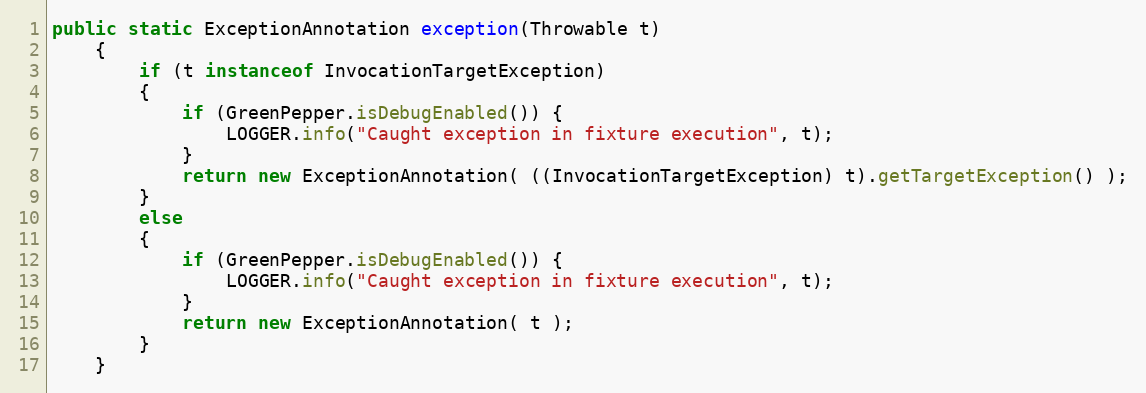
Language: Java
public static ExceptionAnnotation exception(Throwable t)
    {
		if (t instanceof InvocationTargetException)
		{
            if (GreenPepper.isDebugEnabled()) {
                LOGGER.info("Caught exception in fixture execution", t);
            }
			return new ExceptionAnnotation( ((InvocationTargetException) t).getTargetException() );
		}
		else
		{
            if (GreenPepper.isDebugEnabled()) {
                LOGGER.info("Caught exception in fixture execution", t);
            }
			return new ExceptionAnnotation( t );
		}
	}